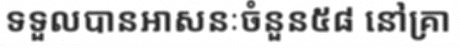
ទទួលបានអាសនៈចំនួន៥៨ នៅគ្រា